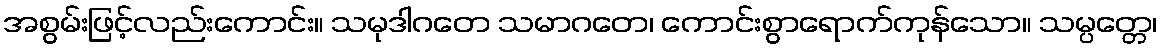
အစွမ်းဖြင့်လည်းကောင်း။ သမုဒါဂတေ သမာဂတေ၊ ကောင်းစွာရောက်ကုန်သော။ သမ္ပတ္တေ၊